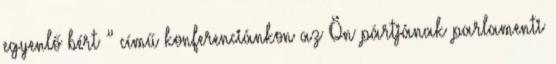
egyenlő bért ” című konferenciánkon az Ön pártjának parlamenti